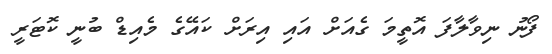
ފޯނު ނިވާލާފަ އޮތީމަ ގެއަށް އައި އިރަށް ކައޭގެ މެއިޑް ބުނީ ކޮޓަރީ